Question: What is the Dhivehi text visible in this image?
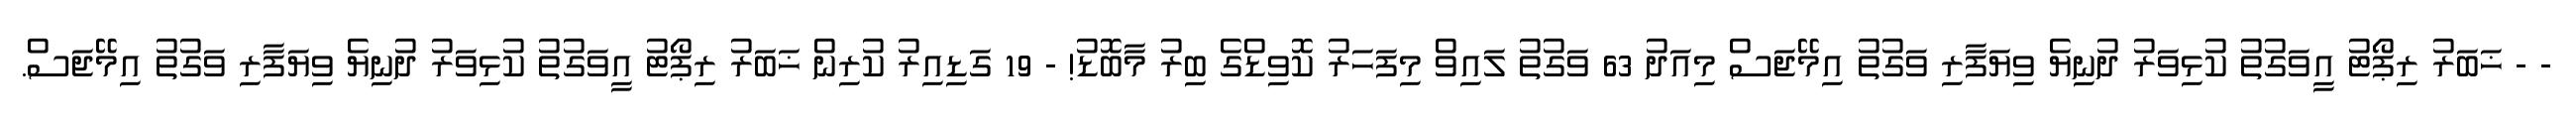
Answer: - - ޚަބަރު ރިޕޯޓު އީވަގުތު ކުޅިވަރު ދުނިޔެ ވިޔަފާރި ވަގުތު އިމޭޖަސް މިއަދު 63 ވަގުތު ލައިވް މިފަހަރު ކޮވިޑްގެ ބިރު މާބޮޑު! - 19 ގަޑިއިރު ކުރިން ޚަބަރު ރިޕޯޓު އީވަގުތު ކުޅިވަރު ދުނިޔެ ވިޔަފާރި ވަގުތު އިމޭޖަސް.